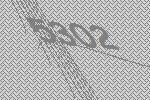
5302